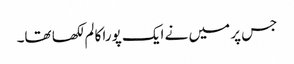
جس پر میں نے ایک پورا کالم لکھا تھا۔